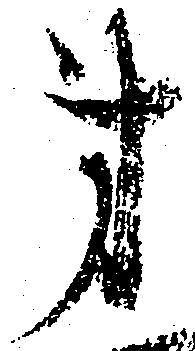
第